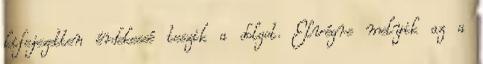
kifejezetten érdekessé teszik a dolgot. Elvégre melyik az a